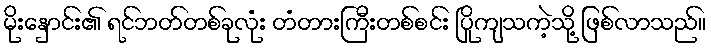
မိုးနှောင်း၏ ရင်ဘတ်တစ်ခုလုံး တံတားကြီးတစ်စင်း ပြိုကျသကဲ့သို့ ဖြစ်လာသည်။